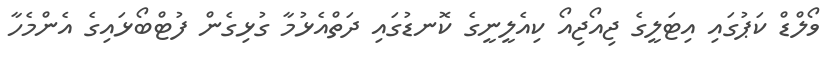
ވޯލްޑް ކަޕުގައި އިޓަލީގެ ޖިއޯޖިއޯ ކިއެލީނީގެ ކޮނޑުގައި ދަތްއެޅުމާ ގުޅިގެން ފުޓްބޯޅައިގެ އެންމެހާ